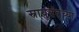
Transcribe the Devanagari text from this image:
स्नायूतंतूच्या